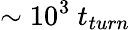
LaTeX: \sim 10^{3}~t_{turn}